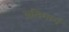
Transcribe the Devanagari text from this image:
अतिमार्ग